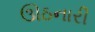
ઊઠનારી